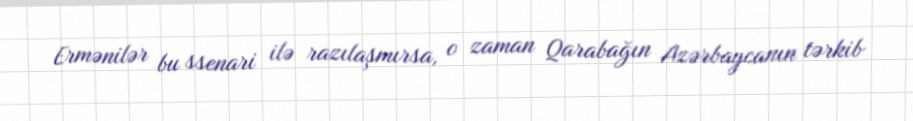
Ermənilər bu ssenari ilə razılaşmırsa, o zaman Qarabağın Azərbaycanın tərkib